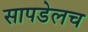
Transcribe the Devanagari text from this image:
सापडेलच